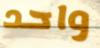
واحد